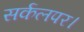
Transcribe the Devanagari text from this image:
सर्कलपर।